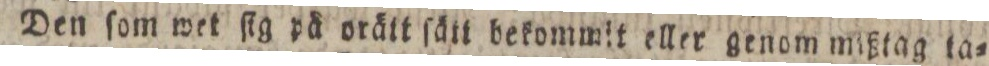
Den ſom wet ſig på orätt ſätt bekommit eller genom mißtag ta=